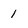
Character: 1